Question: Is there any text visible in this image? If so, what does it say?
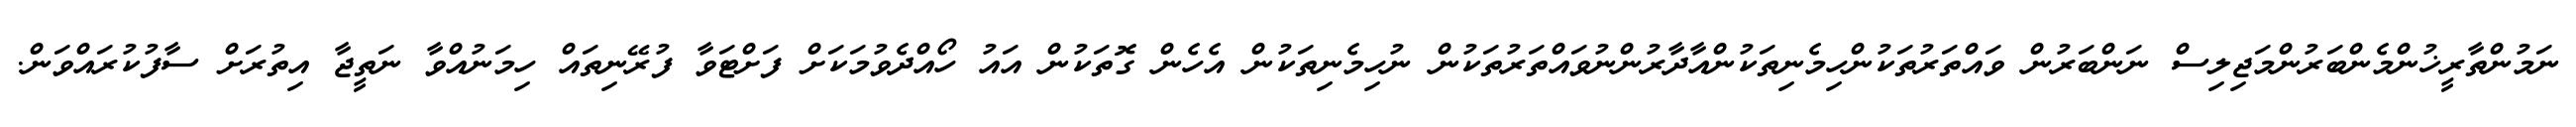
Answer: ނަމުންތާރީޚުންމެންބަރުންމަޖިލިސް ނަންބަރުން ވައްތަރުތަކުންހިމެނިތަކުންއާދާރުންނުވައްތަރުތަކުން ނުހިމެނިތަކުން އެހެން ގޮތަކުން އައު ހޯއްދެވުމަކަށް ފަށްޓަވާ ފުރޭނިތައް ހިމަނުއްވާ ނަތީޖާ އިތުރަށް ސާފުކުރައްވަން.